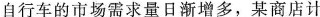
自行车的市场需求量日渐增多，某商店计